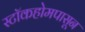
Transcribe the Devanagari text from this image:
स्टॉकहोमपासून